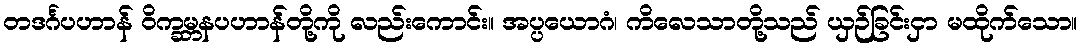
တဒင်္ဂပဟာန် ဝိက္ခမ္ဘနပဟာန်တို့ကို လည်းကောင်း။ အပ္ပယောဂံ၊ ကိလေသာတို့သည် ယှဉ်ခြင်းငှာ မထိုက်သော။